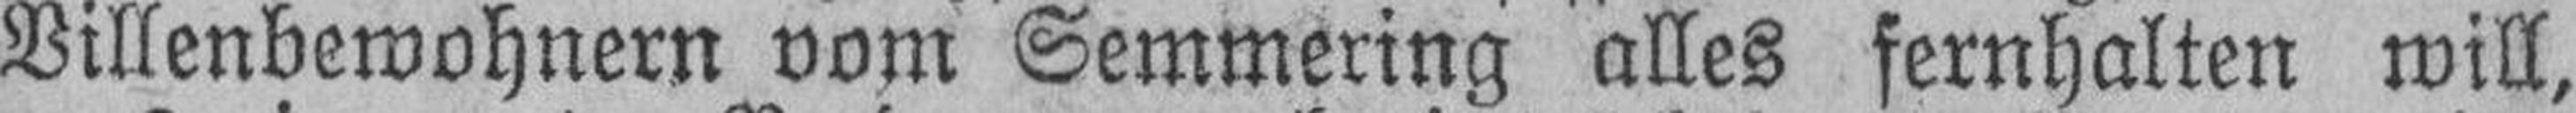
Villenbewohnern vom Semmering alles fernhalten will,